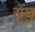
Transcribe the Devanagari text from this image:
सेंघ